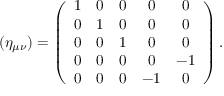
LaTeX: ( { \eta } _ { \mu \nu } ) = \left( \begin{array} { c c c c c } { { 1 } } & { { 0 } } & { { 0 } } & { { 0 } } & { { 0 } } \\ { { 0 } } & { { 1 } } & { { 0 } } & { { 0 } } & { { 0 } } \\ { { 0 } } & { { 0 } } & { { 1 } } & { { 0 } } & { { 0 } } \\ { { 0 } } & { { 0 } } & { { 0 } } & { { 0 } } & { { - 1 } } \\ { { 0 } } & { { 0 } } & { { 0 } } & { { - 1 } } & { { 0 } } \end{array} \right) .